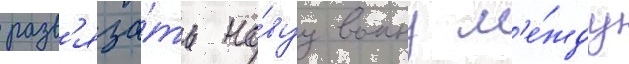
разв'яза́ть но́вуу воину м'е́жду